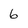
Character: 6